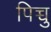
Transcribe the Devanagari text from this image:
पिच्चु